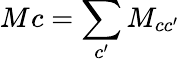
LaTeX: {M}_{}{c}=\sum_{c^{\prime}}{M}_{cc^{\prime}}